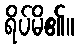
ရိပ်မိ၏။